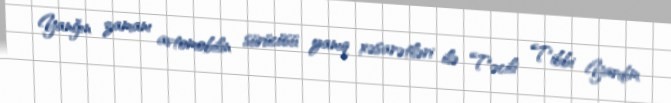
Yanğın zamanı avtomobilin sürücüsü yanıq xəsarətləri ilə Təcili Tibbi Yardım